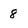
Character: 8